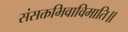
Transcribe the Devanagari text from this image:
संसक्तभिवाविमाति॥